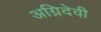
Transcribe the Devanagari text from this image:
अग्निदेवी